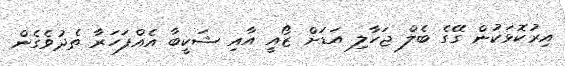
އިރުކޮޅަކުން ގޭގެ ބެލް ޖަހާލި އަޑަށް ޒޯއީ އާއި ޝަކީބާ އެއްފަހަރާ ތެދުވެގެން